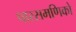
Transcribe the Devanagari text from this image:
पारसमणिको